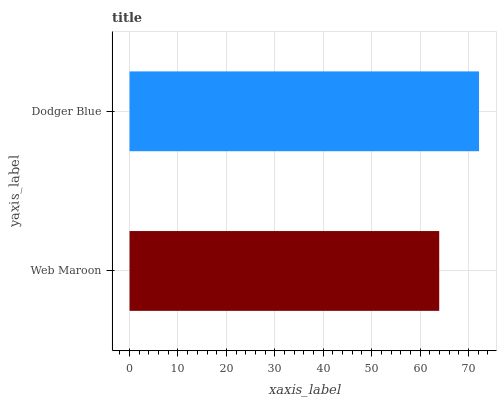
| yaxis_label | bars |
 | --- | --- |
 | Web Maroon | 64 |
 | Dodger Blue | 72.2 |